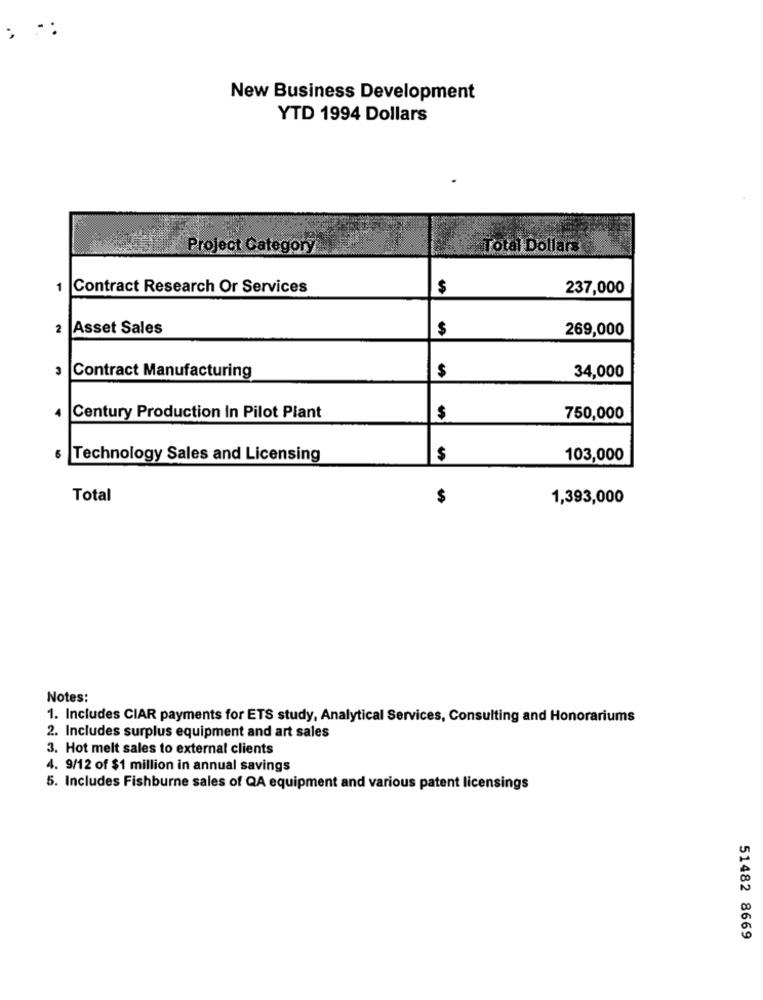
.:
New Business Development
YTD 1994 Dollars
Project Category
Total Dollars
1
Contract Research Or Services
$
237,000
2
Asset Sales
$
269,000
34,000
Contract Manufacturing
$
Century Production In Pilot Plant
$
750,000
Technology Sales and Licensing
$
103,000
Total
$
1,393,000
Notes:
1. Includes CIAR payments for ETS study, Analytical Services, Consulting and Honorariums
2. Includes surplus equipment and art sales
3. Hot melt sales to external clients
4. 9/12 of $1 million in annual savings
5. Includes Fishburne sales of QA equipment and various patent lice
ngs
51482 8669